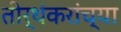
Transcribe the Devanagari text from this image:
तीर्थंकरांच्या